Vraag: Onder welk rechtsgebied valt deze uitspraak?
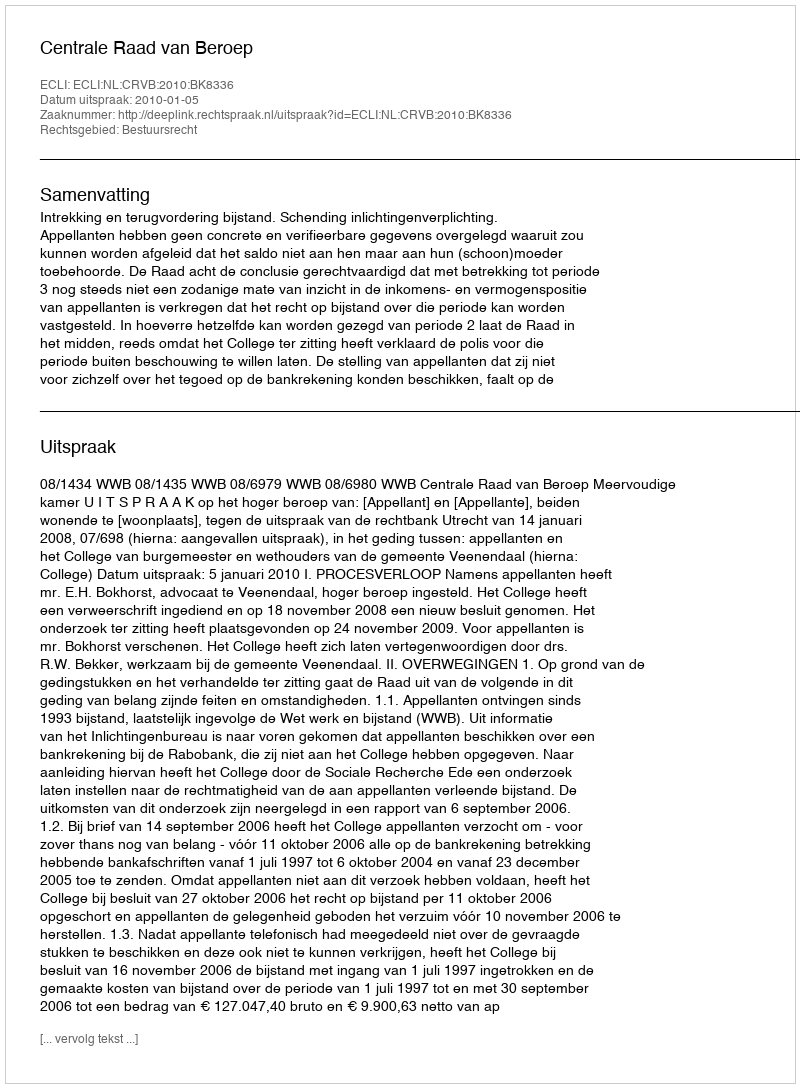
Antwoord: Bestuursrecht